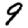
Digit: 9